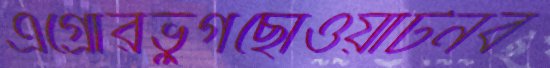
এগ্রোরভুগছোওয়াটনব